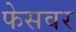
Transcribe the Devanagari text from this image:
फेसवर